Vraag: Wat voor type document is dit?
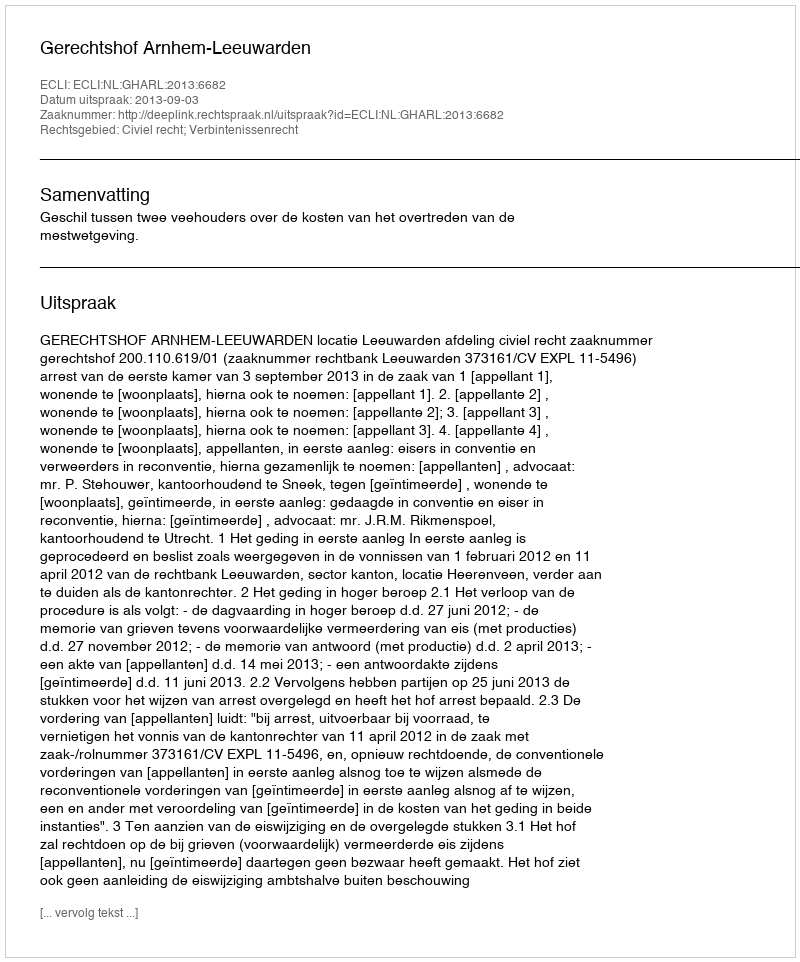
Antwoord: Uitspraak